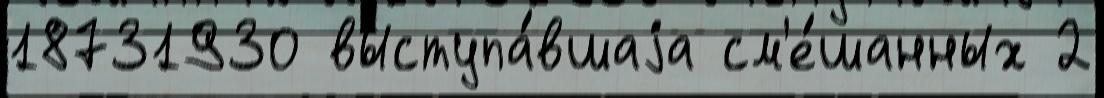
18731930 выступа́вшаjа см'е́шанных 2